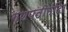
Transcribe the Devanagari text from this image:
गणपतीमंदिर